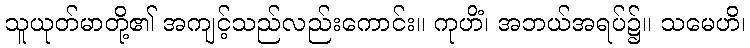
သူယုတ်မာတို့၏ အကျင့်သည်လည်းကောင်း။ ကုဟိံ၊ အဘယ်အရပ်၌။ သမေဟိ၊